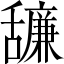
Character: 𦧷